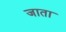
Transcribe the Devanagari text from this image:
जाता